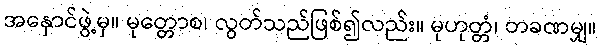
အနှောင်ဖွဲ့မှ။ မုတ္တောစ၊ လွတ်သည်ဖြစ်၍လည်း။ မုဟုတ္တံ၊ တခဏမျှ။